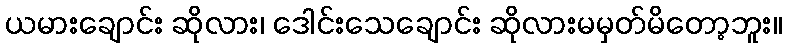
ယမားချောင်း ဆိုလား၊ ဒေါင်းသေချောင်း ဆိုလားမမှတ်မိတော့ဘူး။